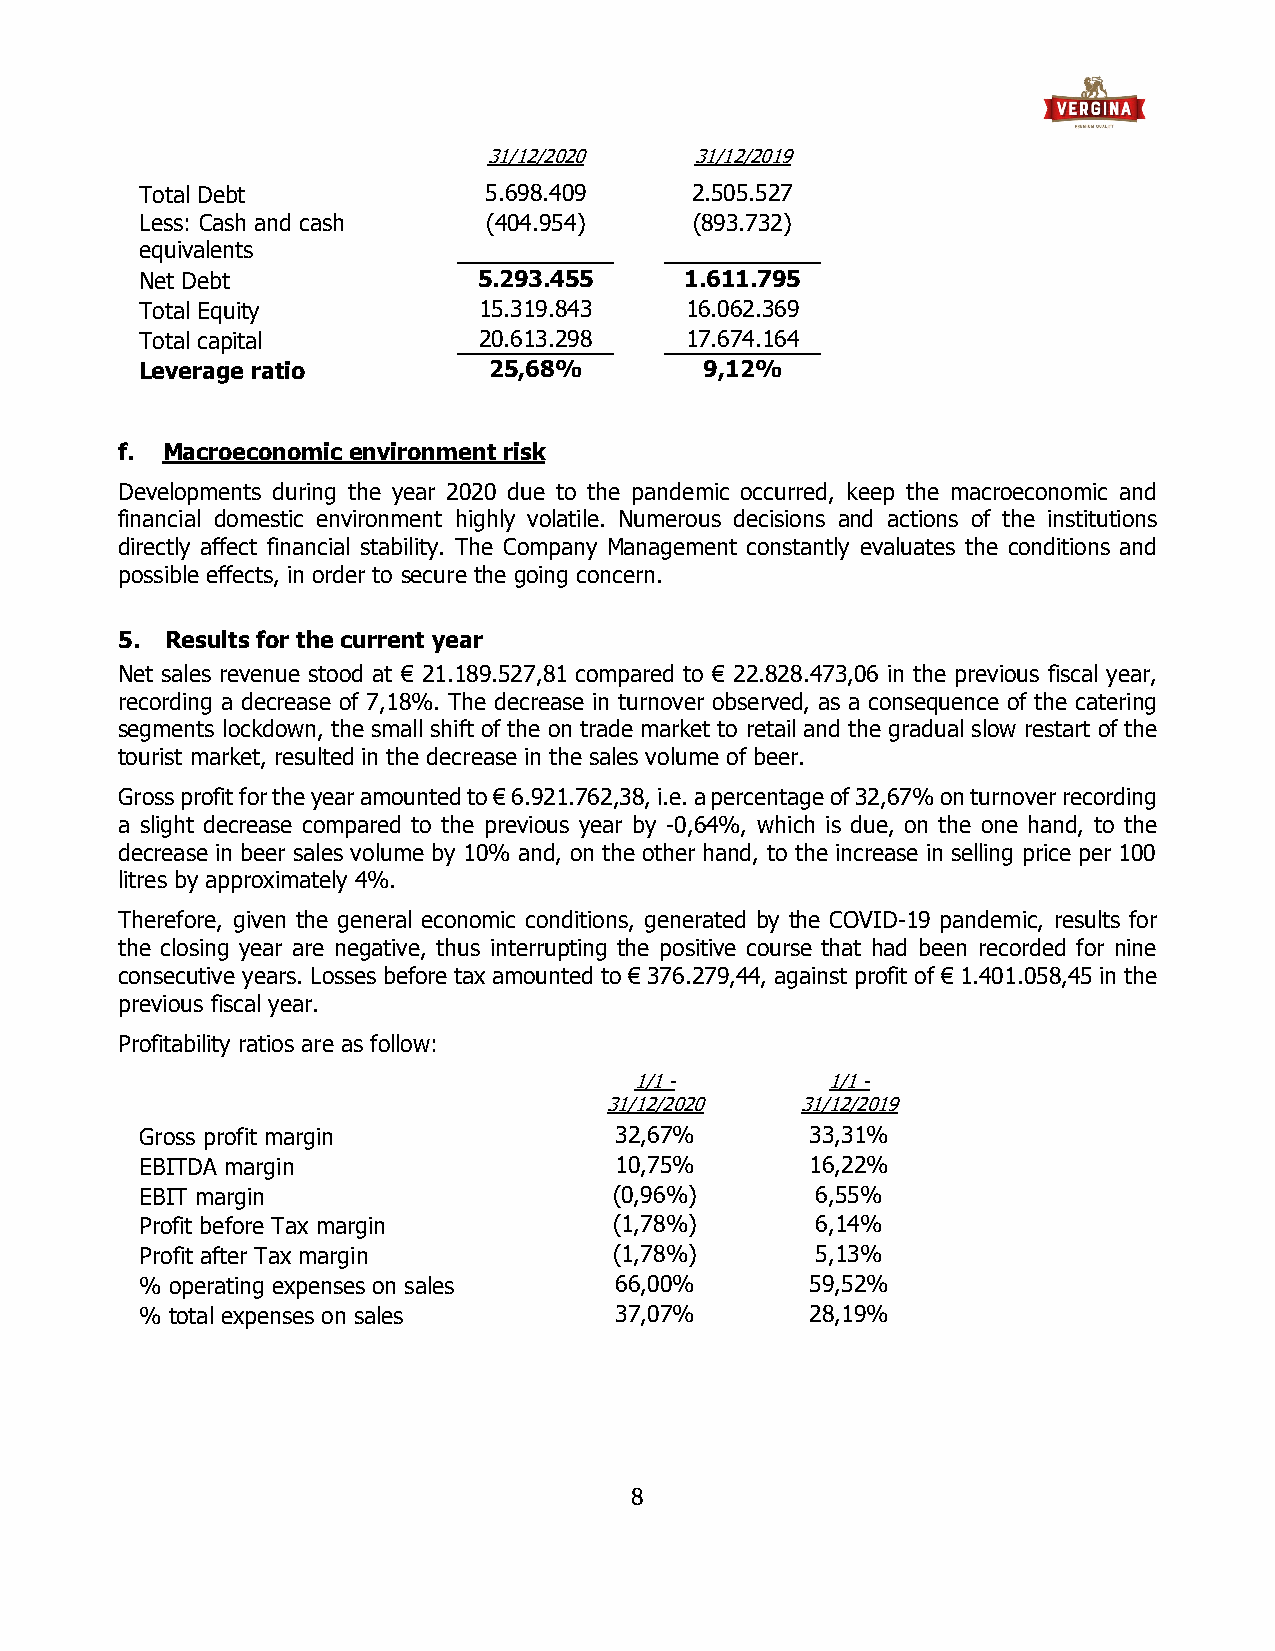
31/12/2020    31/12/2019
 Total Debt             5.698.409     2.505.527
 Less: Cash and cash    (404.954)     (893.732)
 equivalents
 Net Debt               5.293.455    1.611.795
 Total Equity           15.319.843   16.062.369
 Total capital          20.613.298   17.674.164
 Leverage ratio         25,68%         9,12%
 f. Macroeconomic environment risk
 Developments during the year 2020 due to the pandemic occurred, keep the macroeconomic and
 financial domestic environment highly volatile. Numerous decisions and actions of the institutions
 directly affect financial stability. The Company Management constantly evaluates the conditions and
 possible effects, in order to secure the going concern.
 5. Results for the current year
 Net sales revenue stood at € 21.189.527,81 compared to € 22.828.473,06 in the previous fiscal year,
 recording a decrease of 7,18%. The decrease in turnover observed, as a consequence of the catering
 segments lockdown, the small shift of the on trade market to retail and the gradual slow restart of the
 tourist market, resulted in the decrease in the sales volume of beer.
 Gross profit for the year amounted to € 6.921.762,38, i.e. a percentage of 32,67% on turnover recording
 a slight decrease compared to the previous year by -0,64%, which is due, on the one hand, to the
 decrease in beer sales volume by 10% and, on the other hand, to the increase in selling price per 100
 litres by approximately 4%.
 Therefore, given the general economic conditions, generated by the COVID-19 pandemic, results for
 the closing year are negative, thus interrupting the positive course that had been recorded for nine
 consecutive years. Losses before tax amounted to € 376.279,44, against profit of € 1.401.058,45 in the
 previous fiscal year.
 Profitability ratios are as follow:
 1/1 -        1/1 -
 31/12/2020   31/12/2019
 Gross profit margin             32,67%       33,31%
 EBITDA margin                   10,75%       16,22%
 EBIT margin                     (0,96%)      6,55%
 Profit before Tax margin        (1,78%)      6,14%
 Profit after Tax margin         (1,78%)      5,13%
 % operating expenses on sales   66,00%       59,52%
 % total expenses on sales       37,07%       28,19%
 8